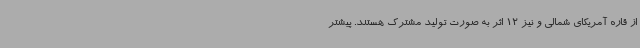
از قاره آمریکای شمالی و نیز 12 اثر به صورت تولید مشترک هستند. پیشتر